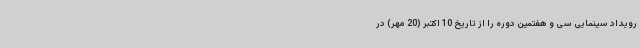
رویداد سینمایی سی و هفتمین دوره را از تاریخ 10 اکتبر (20 مهر) در